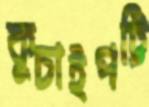
কুচাইপট্টি